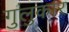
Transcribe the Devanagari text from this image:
गुलुकार